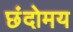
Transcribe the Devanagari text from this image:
छंदोमय